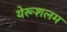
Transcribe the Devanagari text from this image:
येरूशलम